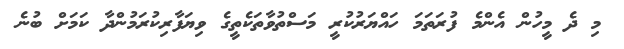
މި ދެ މީހުން އެންމެ ފުރަތަމަ ހައްޔަރުކުރީ މަސްތުވާތަކެތީގެ ވިޔަފާރިކުރަމުންދާ ކަމަށް ބުނެ